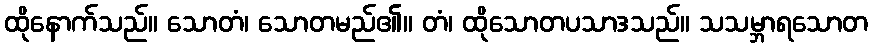
ထိုနောက်သည်။ သောတံ၊ သောတမည်၏။ တံ၊ ထိုသောတပသာဒသည်။ သသမ္ဘာရသောတ